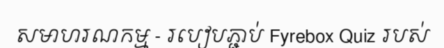
សមាហរណកម្ម - របៀបភ្ជាប់ Fyrebox Quiz របស់